Civil Veterinary Department Bihar & Orissa reports 1922-29 - 1922-1929
Year: 1922
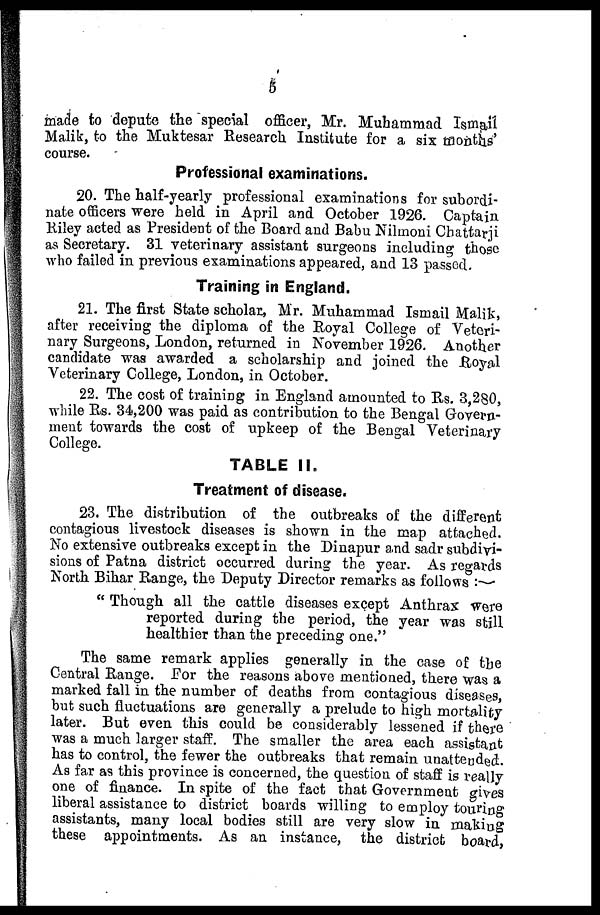
6
made to depute the special officer, Mr. Muhammad Ismail
Malik, to the Muktesar Research Institute for a six months'
course.
Professional examinations.
20. The half-yearly professional examinations for subordi-
nate officers were held in April and October 1926. Captain
Riley acted as President of the Board and Babu Nilmoni Chattarji
as Secretary. 31 veterinary assistant surgeons including those
who failed in previous examinations appeared, and 13 passed.
Training in England.
21. The first State scholar, Mr. Muhammad Ismail Malik,
after receiving the diploma of the Royal College of Veteri-
nary Surgeons, London, returned in November 1926. Another
candidate was awarded a scholarship and joined the Royal
Veterinary College, London, in October.
22. The cost of training in England amounted to Rs. 3,280,
while Rs. 34,200 was paid as contribution to the Bengal Govern-
ment towards the cost of upkeep of the Bengal Veterinary
College.
TABLE II.
Treatment of disease.
23. The distribution of the outbreaks of the different
contagious livestock diseases is shown in the map attached.
No extensive outbreaks except in the Dinapur and sadr subdivi-
sions of Patna district occurred during the year. As regards
Korth Bihar Range, the Deputy Director remarks as follows :
" Though all the cattle diseases except Anthrax were
reported during the period, the year was still
healthier than the preceding one."
The same remark applies generally in the case of the
Central Range. For the reasons above mentioned, there was a
marked fall in the number of deaths from contagious diseases,
but such fluctuations are generally a prelude to high mortality
later. But even this could be considerably lessened if there
was a much larger staff. The smaller the area each assistant
has to control, the fewer the outbreaks that remain unattended.
As far as this province is concerned, the question of staff is really
one of finance. In spite of the fact that Government gives
liberal assistance to district boards willing to employ touring
assistants, many local bodies still are very slow in making
these appointments. As an instance, the district board,